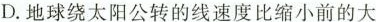
D.地球绕太阳公转的线速度比缩小前的大